Document type: Dowry acquittance
Year: 1427
Scribe: Pere Tarafa
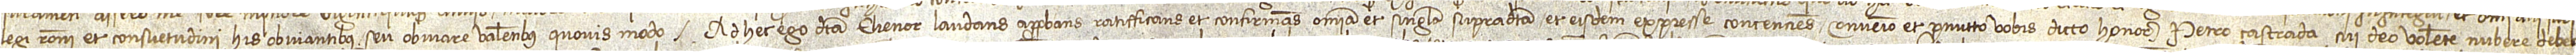
legi, rationi et consuetudini his obviantibus seu obviare valentibus quovis modo. Ad hec ego dicta Elienor, laudans, approbans, ratifficans et confirmans omnia et singula supradicta et eisdem expresse concenciens, convenio et promitto vobis dicto honorabili Petro Çastrada, cui Deo volente nubere debeo